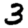
Digit: 3